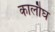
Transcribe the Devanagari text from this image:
कालौघ